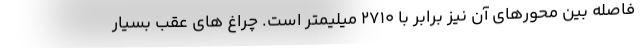
فاصله بین محورهای آن نیز برابر با 2710 میلیمتر است. چراغ های عقب بسیار